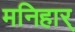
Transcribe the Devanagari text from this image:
मनिहार्